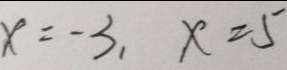
x = - 3 , x = 5